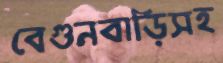
বেগুনবাড়িসহ